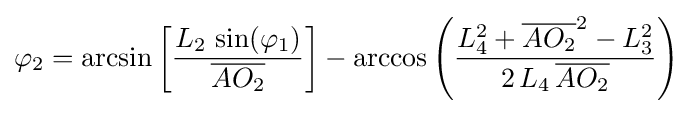
\varphi _{2}=\arcsin \left[{\frac {L_{2}\,\sin(\varphi _{1})}{\overline {AO_{2}}}}\right]-\arccos \left({\frac {L_{4}^{2}+{\overline {AO_{2}}}^{2}-L_{3}^{2}}{2\,L_{4}\,{\overline {AO_{2}}}}}\right)